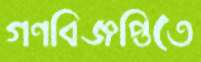
গণবিজ্ঞপ্তিতে